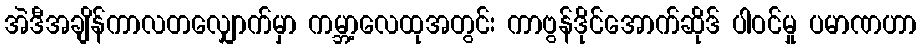
အဲဒီအချိန်ကာလတလျှောက်မှာ ကမ္ဘာ့လေထုအတွင်း ကာဗွန်ဒိုင်အောက်ဆိုဒ် ပါဝင်မှု ပမာဏဟာ